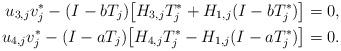
\begin{align*} u_{3,j} v_j^* - (I-bT_j) \big[ H_{3,j}T_j^* + H_{1,j}(I-bT_j^*) \big] &=0, \\ u_{4,j} v_j^* - (I-aT_j) \big[ H_{4,j}T_j^*-H_{1,j}(I-aT_j^*) \big] &=0. \end{align*}